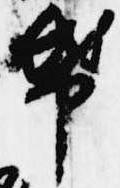
紙